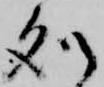
処